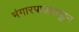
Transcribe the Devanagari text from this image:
भंगारपाड्यापाून